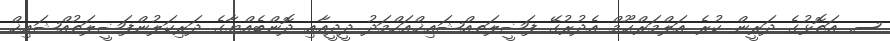
ސ. އަތޮޅުގެ ދަރީން ކުރެ އަލްމަރްޙޫމް އެދުރުގޭ ފަޟީލަތއްޝައިޚްއަހްމަދު ދީދީއާއި ދޮންބެއްޔާގެ ދަރިކަލުންފަޟީލަތުއްޝައިޚް